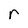
Character: r